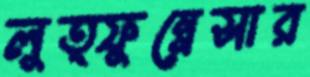
লুত্ফুন্নেসার